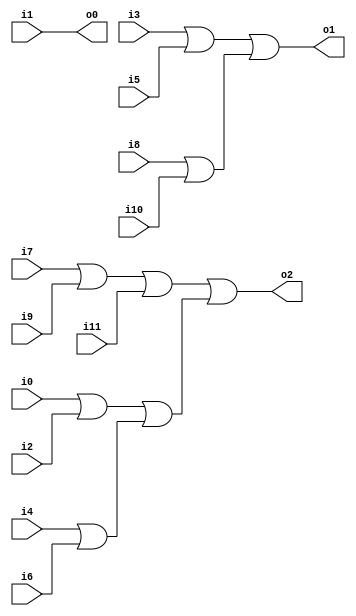
module months(i0,i1,i2,i3,i4,i5,i6,i7,i8,i9,i10,i11,o0,o1,o2);
input i0,i1,i2,i3,i4,i5,i6,i7,i8,i9,i10,i11;
output o0,o1,o2;
wire t1,t2,t3,t4,t5,t6;
assign o0=i1;
or or1(t1,i3,i5);
or or2(t2,i8,i10);
or or3(o1,t1,t2);
or or4(t3,i0,i2);
or or5(t4,i4,i6);
or or6(t5,i7,i9);
or or7(t6,t5,i11);
or or8(t7,t3,t4);
or or9(o2,t6,t7);
endmodule